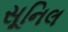
સૂનિલ